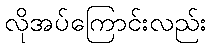
လိုအပ်ကြောင်းလည်း